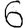
Digit: 6